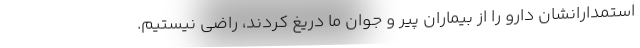
استمدارانشان دارو را از بیماران پیر و جوان ما دریغ کردند، راضی نیستیم.